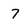
Character: 7